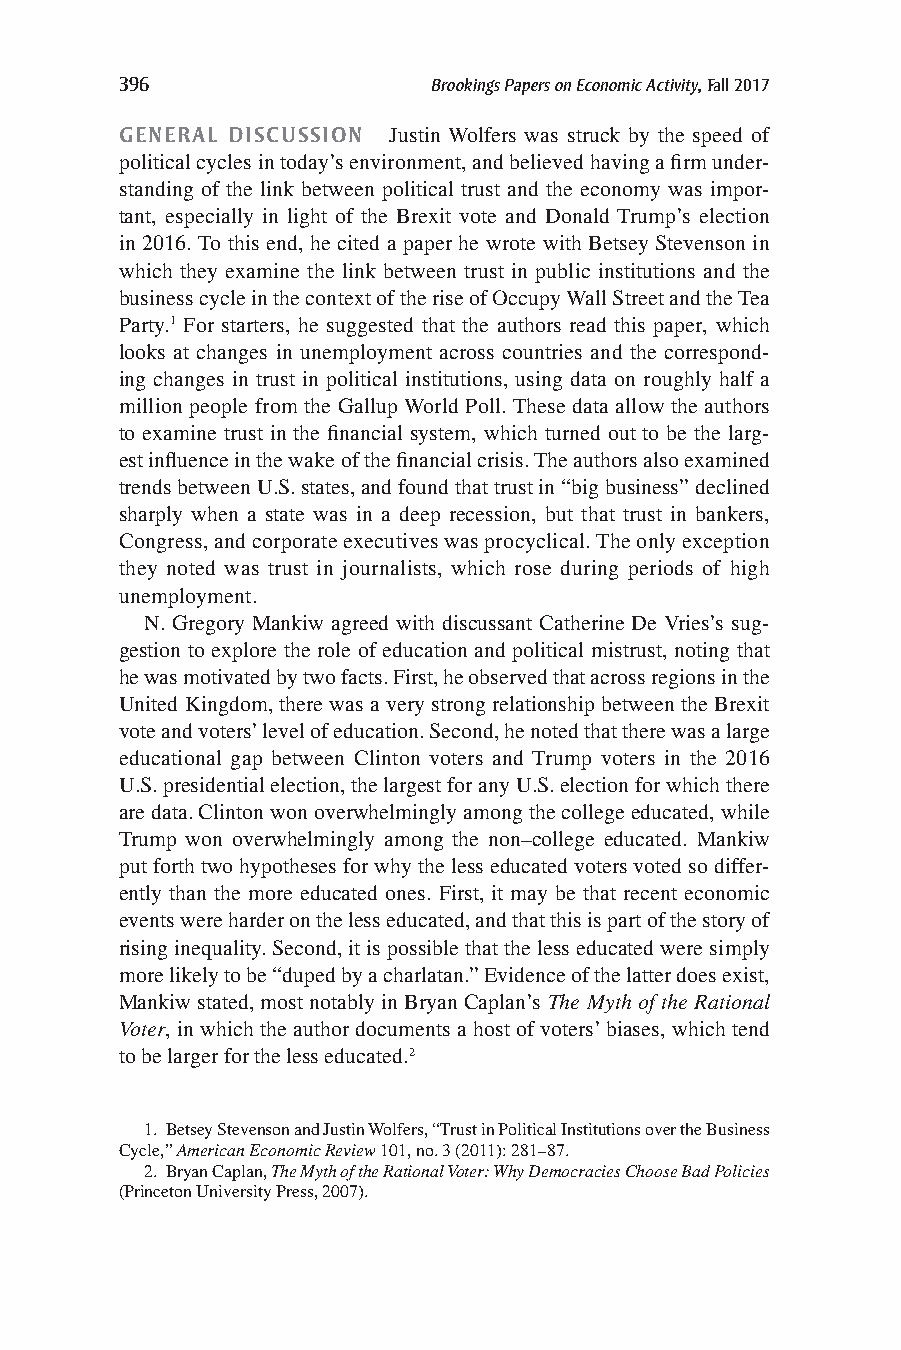
396                  Brookings Papers on Economic Activity, Fall 2017
 GENERAL DISCUSSION Justin Wolfers was struck by the speed of
 political cycles in today’s environment, and believed having a firm under-
 standing of the link between political trust and the economy was impor-
 tant, especially in light of the Brexit vote and Donald Trump’s election
 in 2016. To this end, he cited a paper he wrote with Betsey Stevenson in
 which they examine the link between trust in public institutions and the
 business cycle in the context of the rise of Occupy Wall Street and the Tea
 Party.1 For starters, he suggested that the authors read this paper, which
 looks at changes in unemployment across countries and the correspond-
 ing changes in trust in political institutions, using data on roughly half a
 million people from the Gallup World Poll. These data allow the authors
 to examine trust in the financial system, which turned out to be the larg-
 est influence in the wake of the financial crisis. The authors also examined
 trends between U.S. states, and found that trust in “big business” declined
 sharply when a state was in a deep recession, but that trust in bankers,
 Congress, and corporate executives was procyclical. The only exception
 they noted was trust in journalists, which rose during periods of high
 unemployment.
 N. Gregory Mankiw agreed with discussant Catherine De Vries’s sug-
 gestion to explore the role of education and political mistrust, noting that
 he was motivated by two facts. First, he observed that across regions in the
 United Kingdom, there was a very strong relationship between the Brexit
 vote and voters’ level of education. Second, he noted that there was a large
 educational gap between Clinton voters and Trump voters in the 2016
 U.S. presidential election, the largest for any U.S. election for which there
 are data. Clinton won overwhelmingly among the college educated, while
 Trump won overwhelmingly among the non–college educated. Mankiw
 put forth two hypotheses for why the less educated voters voted so differ-
 ently than the more educated ones. First, it may be that recent economic
 events were harder on the less educated, and that this is part of the story of
 rising inequality. Second, it is possible that the less educated were simply
 more likely to be “duped by a charlatan.” Evidence of the latter does exist,
 Mankiw stated, most notably in Bryan Caplan’s The Myth of the Rational
 Voter, in which the author documents a host of voters’ biases, which tend
 to be larger for the less educated.2
 1. Betsey Stevenson and Justin Wolfers, “Trust in Political Institutions over the Business
 Cycle,” American Economic Review 101, no. 3 (2011): 281–87.
 2. Bryan Caplan, The Myth of the Rational Voter: Why Democracies Choose Bad Policies
 (Princeton University Press, 2007).